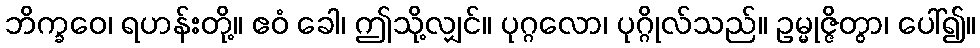
ဘိက္ခဝေ၊ ရဟန်းတို့။ ဧဝံ ခေါ၊ ဤသို့လျှင်။ ပုဂ္ဂလော၊ ပုဂ္ဂိုလ်သည်။ ဥမ္မုဇ္ဇိတွာ၊ ပေါ်၍။